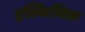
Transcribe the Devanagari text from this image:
इस्किमिक